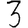
Digit: 3